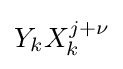
Y_{k}X_{k}^{j+\nu }